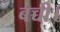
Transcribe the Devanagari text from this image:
बच्ची।